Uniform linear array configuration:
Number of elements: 4
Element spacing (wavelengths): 1
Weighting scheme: uniform
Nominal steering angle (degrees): -45
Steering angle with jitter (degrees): -43.358
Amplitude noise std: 0.05
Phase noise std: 0.05

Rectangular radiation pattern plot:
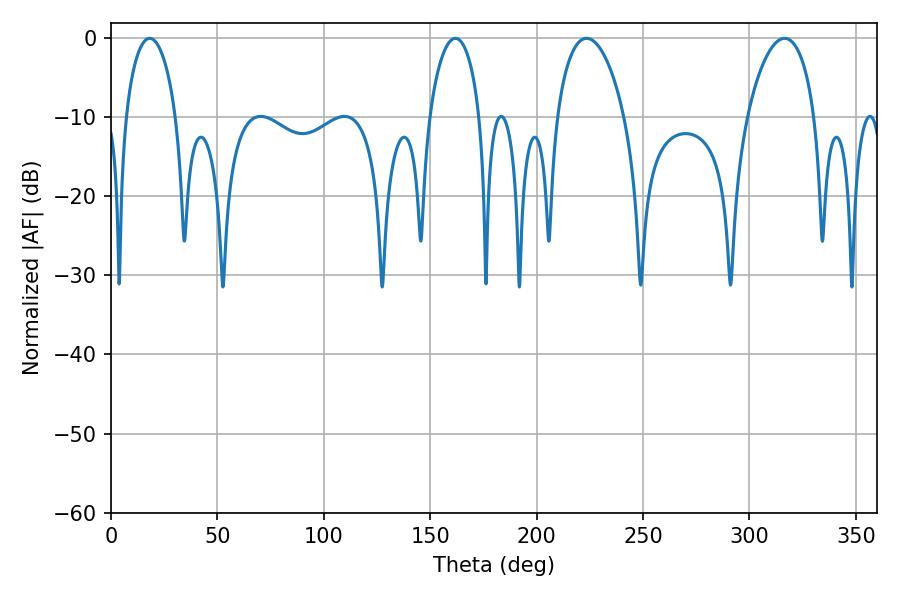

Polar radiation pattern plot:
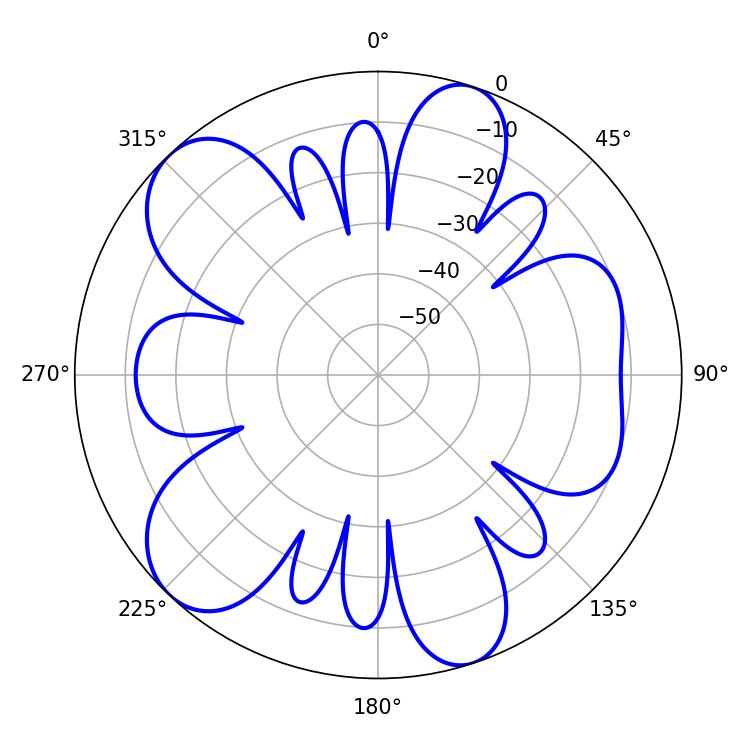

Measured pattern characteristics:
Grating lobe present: TRUE
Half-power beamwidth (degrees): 13.68
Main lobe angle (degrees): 18.18